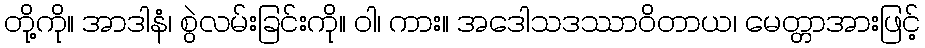
တို့ကို။ အာဒါနံ၊ စွဲလမ်းခြင်းကို။ ဝါ၊ ကား။ အဒေါသဒဿာဝိတာယ၊ မေတ္တာအားဖြင့်